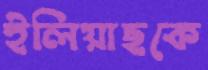
ইলিয়াছকে